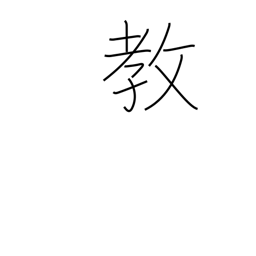
Meaning: faith